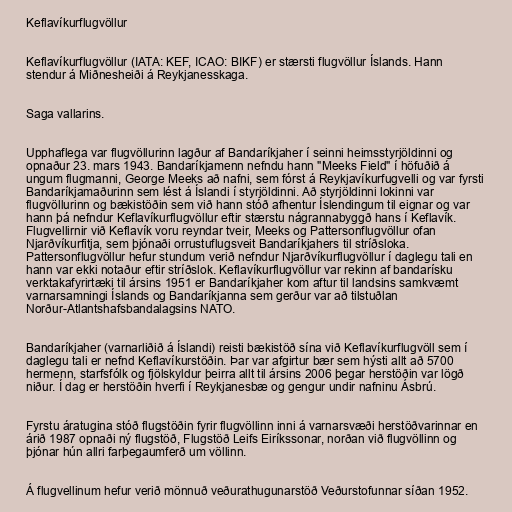
Keflavíkurflugvöllur

Keflavíkurflugvöllur (IATA: KEF, ICAO: BIKF) er stærsti flugvöllur Íslands. Hann
stendur á Miðnesheiði á Reykjanesskaga.

Saga vallarins.

Upphaflega var flugvöllurinn lagður af Bandaríkjaher í seinni heimsstyrjöldinni og
opnaður 23. mars 1943. Bandaríkjamenn nefndu hann "Meeks Field" í höfuðið á
ungum flugmanni, George Meeks að nafni, sem fórst á Reykjavíkurfugvelli og var fyrsti
Bandaríkjamaðurinn sem lést á Íslandi í styrjöldinni. Að styrjöldinni lokinni var
flugvöllurinn og bækistöðin sem við hann stóð afhentur Íslendingum til eignar og var
hann þá nefndur Keflavíkurflugvöllur eftir stærstu nágrannabyggð hans í Keflavík.
Flugvellirnir við Keflavík voru reyndar tveir, Meeks og Pattersonflugvöllur ofan
Njarðvíkurfitja, sem þjónaði orrustuflugsveit Bandaríkjahers til stríðsloka.
Pattersonflugvöllur hefur stundum verið nefndur Njarðvíkurflugvöllur í daglegu tali en
hann var ekki notaður eftir stríðslok. Keflavíkurflugvöllur var rekinn af bandarísku
verktakafyrirtæki til ársins 1951 er Bandaríkjaher kom aftur til landsins samkvæmt
varnarsamningi Íslands og Bandaríkjanna sem gerður var að tilstuðlan
Norður-Atlantshafsbandalagsins NATO.

Bandaríkjaher (varnarliðið á Íslandi) reisti bækistöð sína við Keflavíkurflugvöll sem í
daglegu tali er nefnd Keflavíkurstöðin. Þar var afgirtur bær sem hýsti allt að 5700
hermenn, starfsfólk og fjölskyldur þeirra allt til ársins 2006 þegar herstöðin var lögð
niður. Í dag er herstöðin hverfi í Reykjanesbæ og gengur undir nafninu Ásbrú.

Fyrstu áratugina stóð flugstöðin fyrir flugvöllinn inni á varnarsvæði herstöðvarinnar en
árið 1987 opnaði ný flugstöð, Flugstöð Leifs Eiríkssonar, norðan við flugvöllinn og
þjónar hún allri farþegaumferð um völlinn.

Á flugvellinum hefur verið mönnuð veðurathugunarstöð Veðurstofunnar síðan 1952.